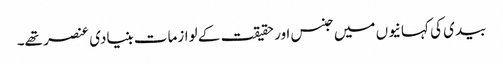
بیدی کی کہانیوں میں جنس اور حقیقت کے لوازمات بنیادی عنصر تھے۔